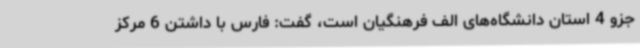
جزو 4 استان دانشگاه‌های الف فرهنگیان است، گفت: فارس با داشتن 6 مرکز